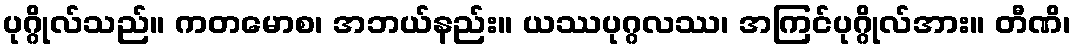
ပုဂ္ဂိုလ်သည်။ ကတမောစ၊ အဘယ်နည်း။ ယဿပုဂ္ဂလဿ၊ အကြင်ပုဂ္ဂိုလ်အား။ တီဏိ၊